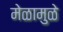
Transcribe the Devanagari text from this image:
मेळामुळे